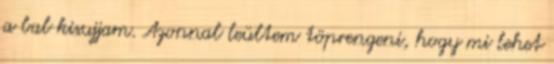
a bal kisujjam. Azonnal leültem töprengeni, hogy mi lehet